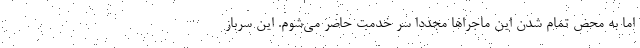
اما به محض تمام شدن این ماجراها مجدداً سر خدمت حاضر می‌شوم. این سرباز